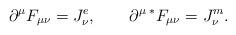
\begin{align*}\partial^\mu F_{\mu\nu}=J^e_\nu,~~~~~~ \partial^\mu\,{^\ast} F_{\mu\nu}=J^m_\nu.\end{align*}